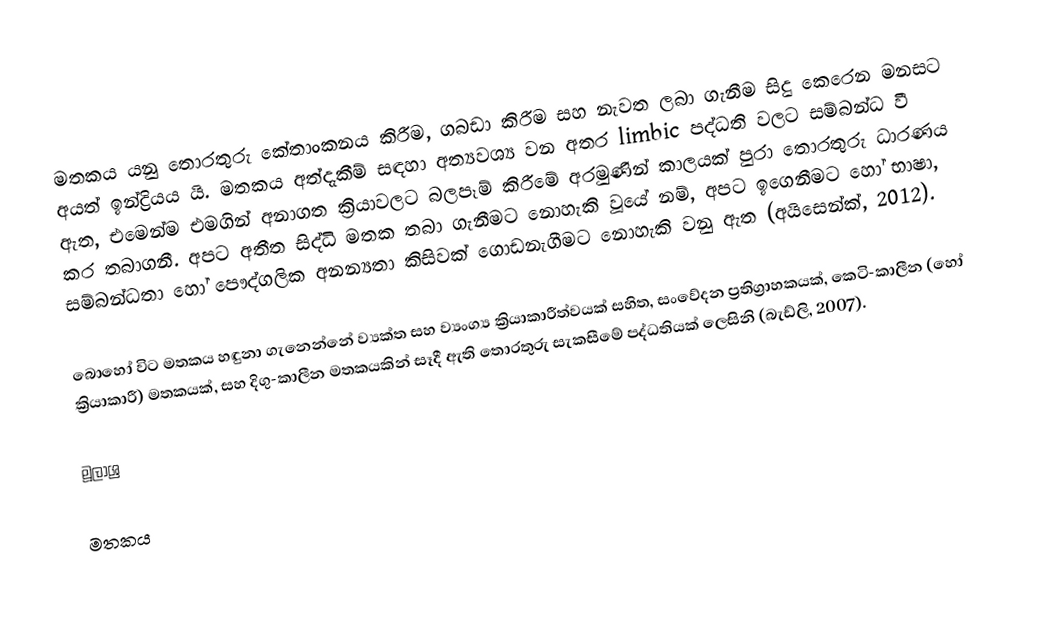
මතකය යනු තොරතුරු කේතාංකනය කිරීම, ගබඩා කිරීම සහ නැවත ලබා ගැනීම සිදු කෙරෙන මනසට අයත් ඉන්ද්‍රියය යි. මතකය අත්දැකීම් සඳහා අත්‍යවශ්‍ය වන අතර limbic පද්ධති වලට සම්බන්ධ වී ඇත, එමෙන්ම එමගින් අනාගත ක්‍රියාවලට බලපෑම් කිරීමේ අරමුණින් කාලයක් පුරා තොරතුරු ධාරණය කර තබාගනී. අපට අතීත සිද්ධි මතක තබා ගැනීමට නොහැකි වූයේ නම්, අපට ඉගෙනීමට හෝ භාෂා, සම්බන්ධතා හෝ පෞද්ගලික අනන්‍යතා කිසිවක් ගොඩනැගීමට නොහැකි වනු ඇත (අයිසෙන්ක්, 2012).

බොහෝ විට මතකය හඳුනා ගැනෙන්නේ ව්‍යක්ත සහ ව්‍යංග්‍ය ක්‍රියාකාරීත්වයක් සහිත, සංවේදන ප්‍රතිග්‍රාහකයක්, කෙටි-කාලීන (හෝ ක්‍රියාකාරී) මතකයක්, සහ දිගු-කාලීන මතකයකින් සෑදී ඇති තොරතුරු සැකසීමේ පද්ධතියක් ලෙසිනි (බැඩ්ලි, 2007).

මූලාශ්‍ර

මතකය